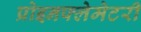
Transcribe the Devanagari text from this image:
प्रोइनफ्लेमेटरी